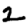
Digit: 2